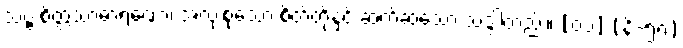
သဗ္ဗ စိတ္တသာဓာရဏော၊ အလုံးစုံသော စိတ်တို့နှင့် ဆက်ဆံသော သဒ္ဒါတည်း။ [၀၁] (နိ-၅၈)